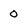
Character: 0